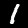
Label: 1